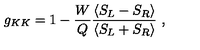
g _ { K K } = 1 - { \frac { W } { Q } } { \frac { \langle S _ { L } - S _ { R } \rangle } { \langle S _ { L } + S _ { R } \rangle } } \ ,